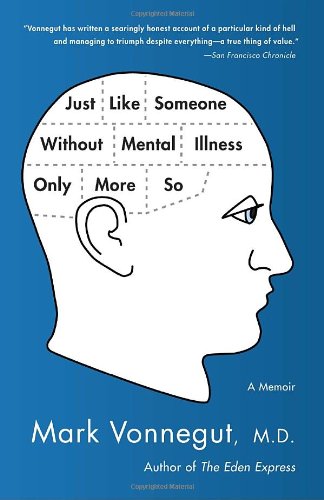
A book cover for Just Like Someone Without Mental Illness Only More So: A Memoir; Mark Vonnegut M.D.; Health, Fitness & Dieting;